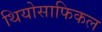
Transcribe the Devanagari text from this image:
थियोसाफिकल